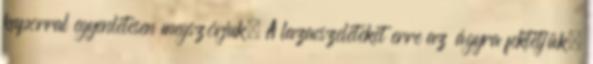
kaporral egyenletesen megszórjuk. A lazacszeleteket erre az ágyra fektetjük,